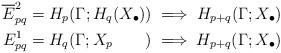
LaTeX: \begin{align*}\overline{E}^2_{pq}&=H_p(\Gamma;H_q(X_\bullet))\implies H_{p+q}(\Gamma;X_\bullet)\\E^1_{pq}&=H_q(\Gamma;X_p\qquad) \implies H_{p+q}(\Gamma;X_\bullet)\end{align*}